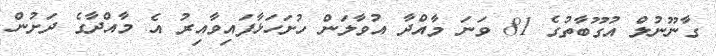
ގާނޫނުލް އުގޫބާތުގެ 81 ވަނަ މާއްދާ އުވާލަން ހުށަހަޅާފައިވާއިރު އެ މާއްދާގެ ދަށުން